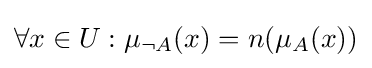
\forall x\in U:\mu _{\neg {A}}(x)=n(\mu _{A}(x))